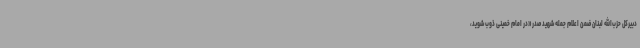
دبیرکل حزب‌الله لبنان ضمن اعلام جمله شهید صدر «در امام خمینی ذوب شوید،